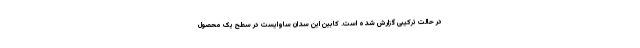
در حالت ترکیبی گزارش شده است. کابین این سدان ساوایست در سطح یک محصول